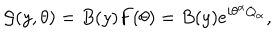
{ \cal G } ( y , \theta ) = B ( y ) F ( \theta ) = B ( y ) e ^ { i \theta ^ { \alpha } Q _ { \alpha } } ,